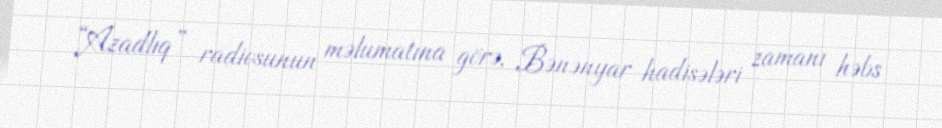
“Azadlıq” radiosunun məlumatına görə, Bənənyar hadisələri zamanı həbs